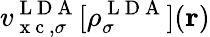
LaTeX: v_{\mathrm{~x~c~},\sigma}^{\mathrm{~L~D~A~}}[\rho_{\sigma}^{\mathrm{~L~D~A~}}](\boldsymbol{\textbf{r}})